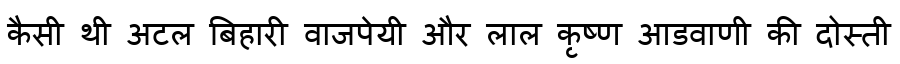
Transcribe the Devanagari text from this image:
कैसी थी अटल बिहारी वाजपेयी और लाल कृष्ण आडवाणी की दोस्ती